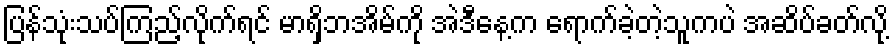
ပြန်သုံးသပ်ကြည့်လိုက်ရင် မာရှိဘအိမ်ကို အဲဒီနေ့က ရောက်ခဲ့တဲ့သူကပဲ အဆိပ်ခတ်လို့